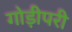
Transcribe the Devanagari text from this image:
गोड़ीपरी